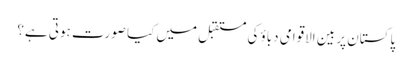
پاکستان پر بین الاقوامی دباؤ کی مستقبل میں کیا صورت ہوتی ہے؟